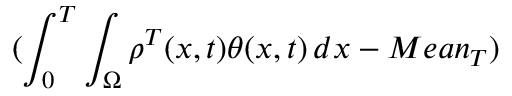
( \int _ { 0 } ^ { T } \int _ { \Omega } \rho ^ { T } ( x , t ) \theta ( x , t ) \, d x - M e a n _ { T } )